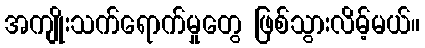
အကျိုးသက်ရောက်မှုတွေ ဖြစ်သွားလိမ့်မယ်။